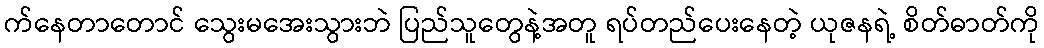
က်နေတာတောင် သွေးမအေးသွားဘဲ ပြည်သူတွေနဲ့အတူ ရပ်တည်ပေးနေတဲ့ ယုဇနရဲ့ စိတ်ဓာတ်ကို